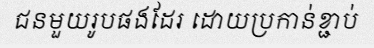
ជនមួយរូបផងដែរ ដោយប្រកាន់ខ្ជាប់